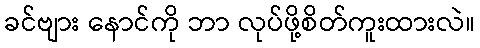
ခင်ဗျား နောင်ကို ဘာ လုပ်ဖို့စိတ်ကူးထားလဲ။